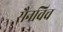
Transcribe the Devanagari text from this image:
सैनविच